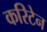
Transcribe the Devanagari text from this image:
करिटेन